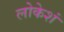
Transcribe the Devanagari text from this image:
लोकेशं